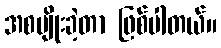
အစပျိုးခဲ့တာ ဖြစ်ပါတယ်။